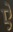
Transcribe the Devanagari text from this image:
एे